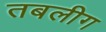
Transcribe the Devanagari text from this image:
तबलीग